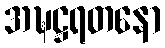
အဍ္ဎဋ္ဌရတနော